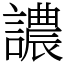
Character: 譨